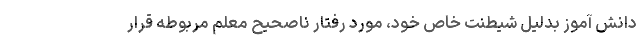
دانش آموز بدلیل شیطنت خاص خود، مورد رفتار ناصحیح معلم مربوطه قرار